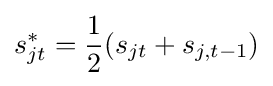
s_{jt}^{*}={\frac {1}{2}}(s_{jt}+s_{j,t-1})